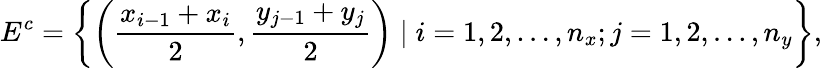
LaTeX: E^{c}=\left\{ \left(\frac{x_{i-1}+x_{i}}{2},\frac{y_{j-1}+y_{j}}{2}\right)\mid i=1,2,\ldots,n_{x};j=1,2,\ldots,n_{y}\right\} ,